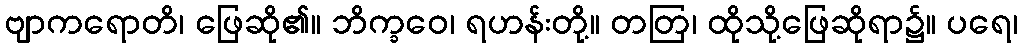
ဗျာကရောတိ၊ ဖြေဆို၏။ ဘိက္ခဝေ၊ ရဟန်းတို့။ တတြ၊ ထိုသို့ဖြေဆိုရာ၌။ ပရေ၊